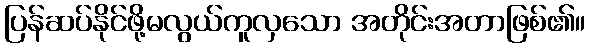
ပြန်ဆပ်နိုင်ဖို့မလွယ်ကူလှသော အတိုင်းအတာဖြစ်၏။